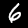
Digit: 6